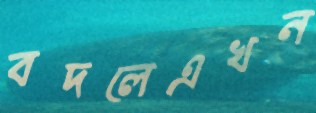
বদলেএখন